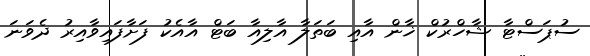
ސުޕަސްޓާ ޝާހްރުކް ޚާން އާއި ބަތަލާ އާލިއާ ބަޓް އާއެކު ފަށާފައިވާއިރު ދެވަނަ